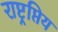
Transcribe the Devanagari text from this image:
राष्ट्रप्तिय